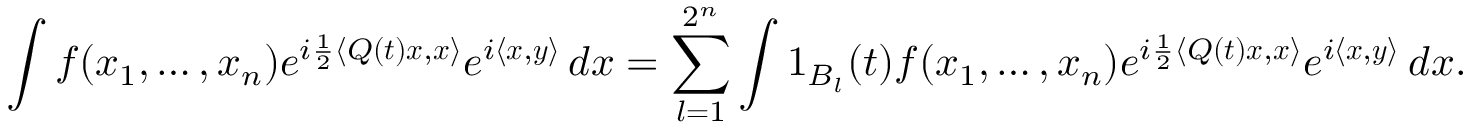
\int f ( x _ { 1 } , \dots , x _ { n } ) e ^ { i \frac { 1 } { 2 } \langle Q ( \boldsymbol { t } ) \boldsymbol { x } , \boldsymbol { x } \rangle } e ^ { i \langle \boldsymbol { x } , \boldsymbol { y } \rangle } \, d \boldsymbol { x } = \sum _ { l = 1 } ^ { 2 ^ { n } } \int \boldsymbol { 1 } _ { B _ { l } } ( \boldsymbol { t } ) f ( x _ { 1 } , \dots , x _ { n } ) e ^ { i \frac { 1 } { 2 } \langle Q ( \boldsymbol { t } ) \boldsymbol { x } , \boldsymbol { x } \rangle } e ^ { i \langle \boldsymbol { x } , \boldsymbol { y } \rangle } \, d \boldsymbol { x } .